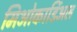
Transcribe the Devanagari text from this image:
मिओकार्डिअल